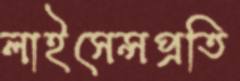
লাইসেন্সপ্রতি